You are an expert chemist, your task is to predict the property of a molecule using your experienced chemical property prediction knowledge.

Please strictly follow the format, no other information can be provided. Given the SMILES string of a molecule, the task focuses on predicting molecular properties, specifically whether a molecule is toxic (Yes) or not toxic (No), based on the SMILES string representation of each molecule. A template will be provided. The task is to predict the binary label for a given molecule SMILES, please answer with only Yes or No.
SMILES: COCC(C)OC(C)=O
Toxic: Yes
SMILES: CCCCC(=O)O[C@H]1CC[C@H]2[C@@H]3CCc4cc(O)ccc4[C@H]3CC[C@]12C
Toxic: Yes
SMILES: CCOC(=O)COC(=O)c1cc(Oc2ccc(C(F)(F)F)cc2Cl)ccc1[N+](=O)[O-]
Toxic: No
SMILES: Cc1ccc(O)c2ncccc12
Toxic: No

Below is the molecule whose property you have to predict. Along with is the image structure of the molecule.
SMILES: CN1CCC(OC(c2ccccc2)c2ccccc2)CC1
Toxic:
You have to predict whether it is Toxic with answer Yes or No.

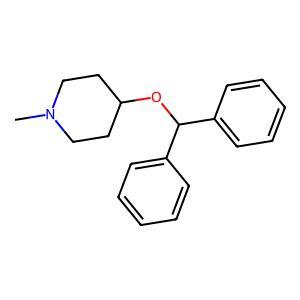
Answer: No